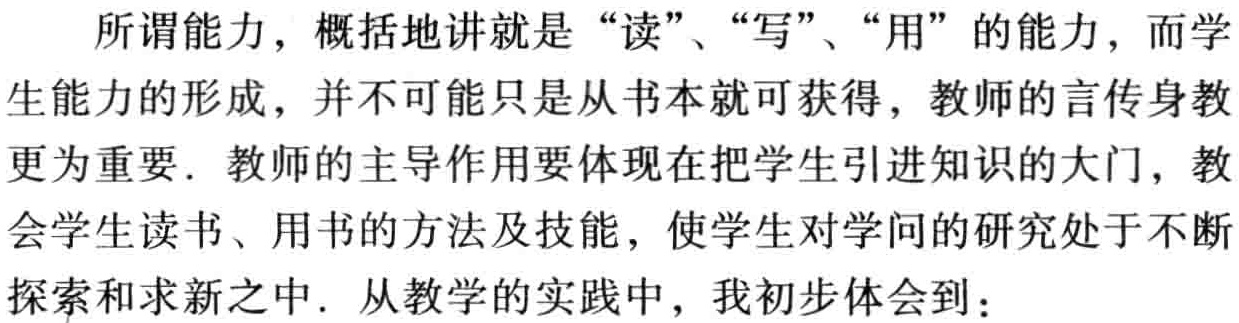
所谓能力，概括地讲就是“读”、“写”、“用”的能力，而学生能力的形成，并不可能只是从书本就可获得，教师的言传身教更为重要. 教师的主导作用要体现在把学生引进知识的大门，教会学生读书、用书的方法及技能，使学生对学问的研究处于不断探索和求新之中. 从教学的实践中，我初步体会到：